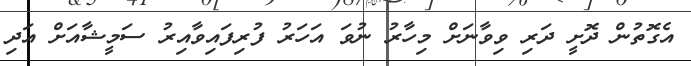
އެގޮތުން ދޮށީ ދަރި ވިވާނަށް މިހާރު ނުވަ އަހަރު ފުރިފައިވާއިރު ސަމީޝާއަށް އަދި